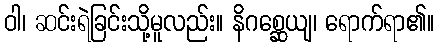
ဝါ၊ ဆင်းရဲခြင်းသို့မူလည်း။ နိဂစ္ဆေယျ၊ ရောက်ရာ၏။